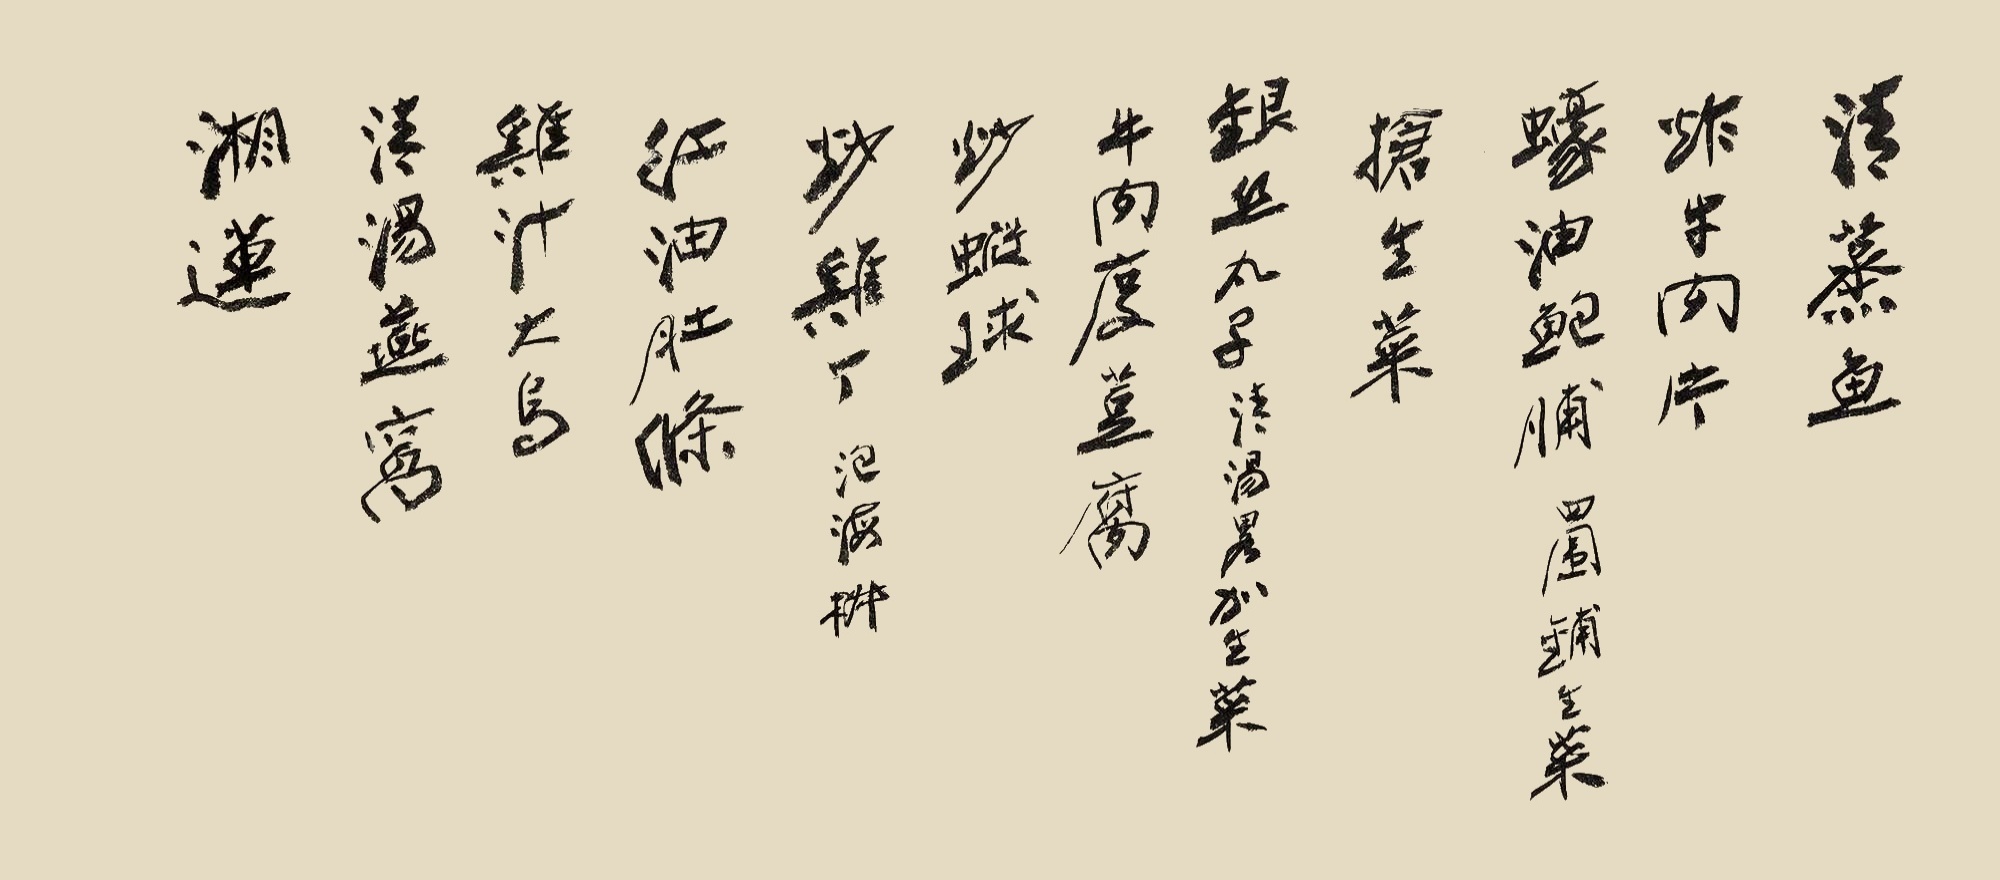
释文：清蒸鱼、炸牛肉片、蚝油鲍脯，四围铺生菜。炝生菜，银丝丸子，清汤略加生菜。炒虾球，炒鸡丁，泡海椒。红油肚条，鸡汁大鸟。清汤燕窝，湘莲。